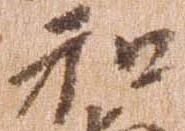
和